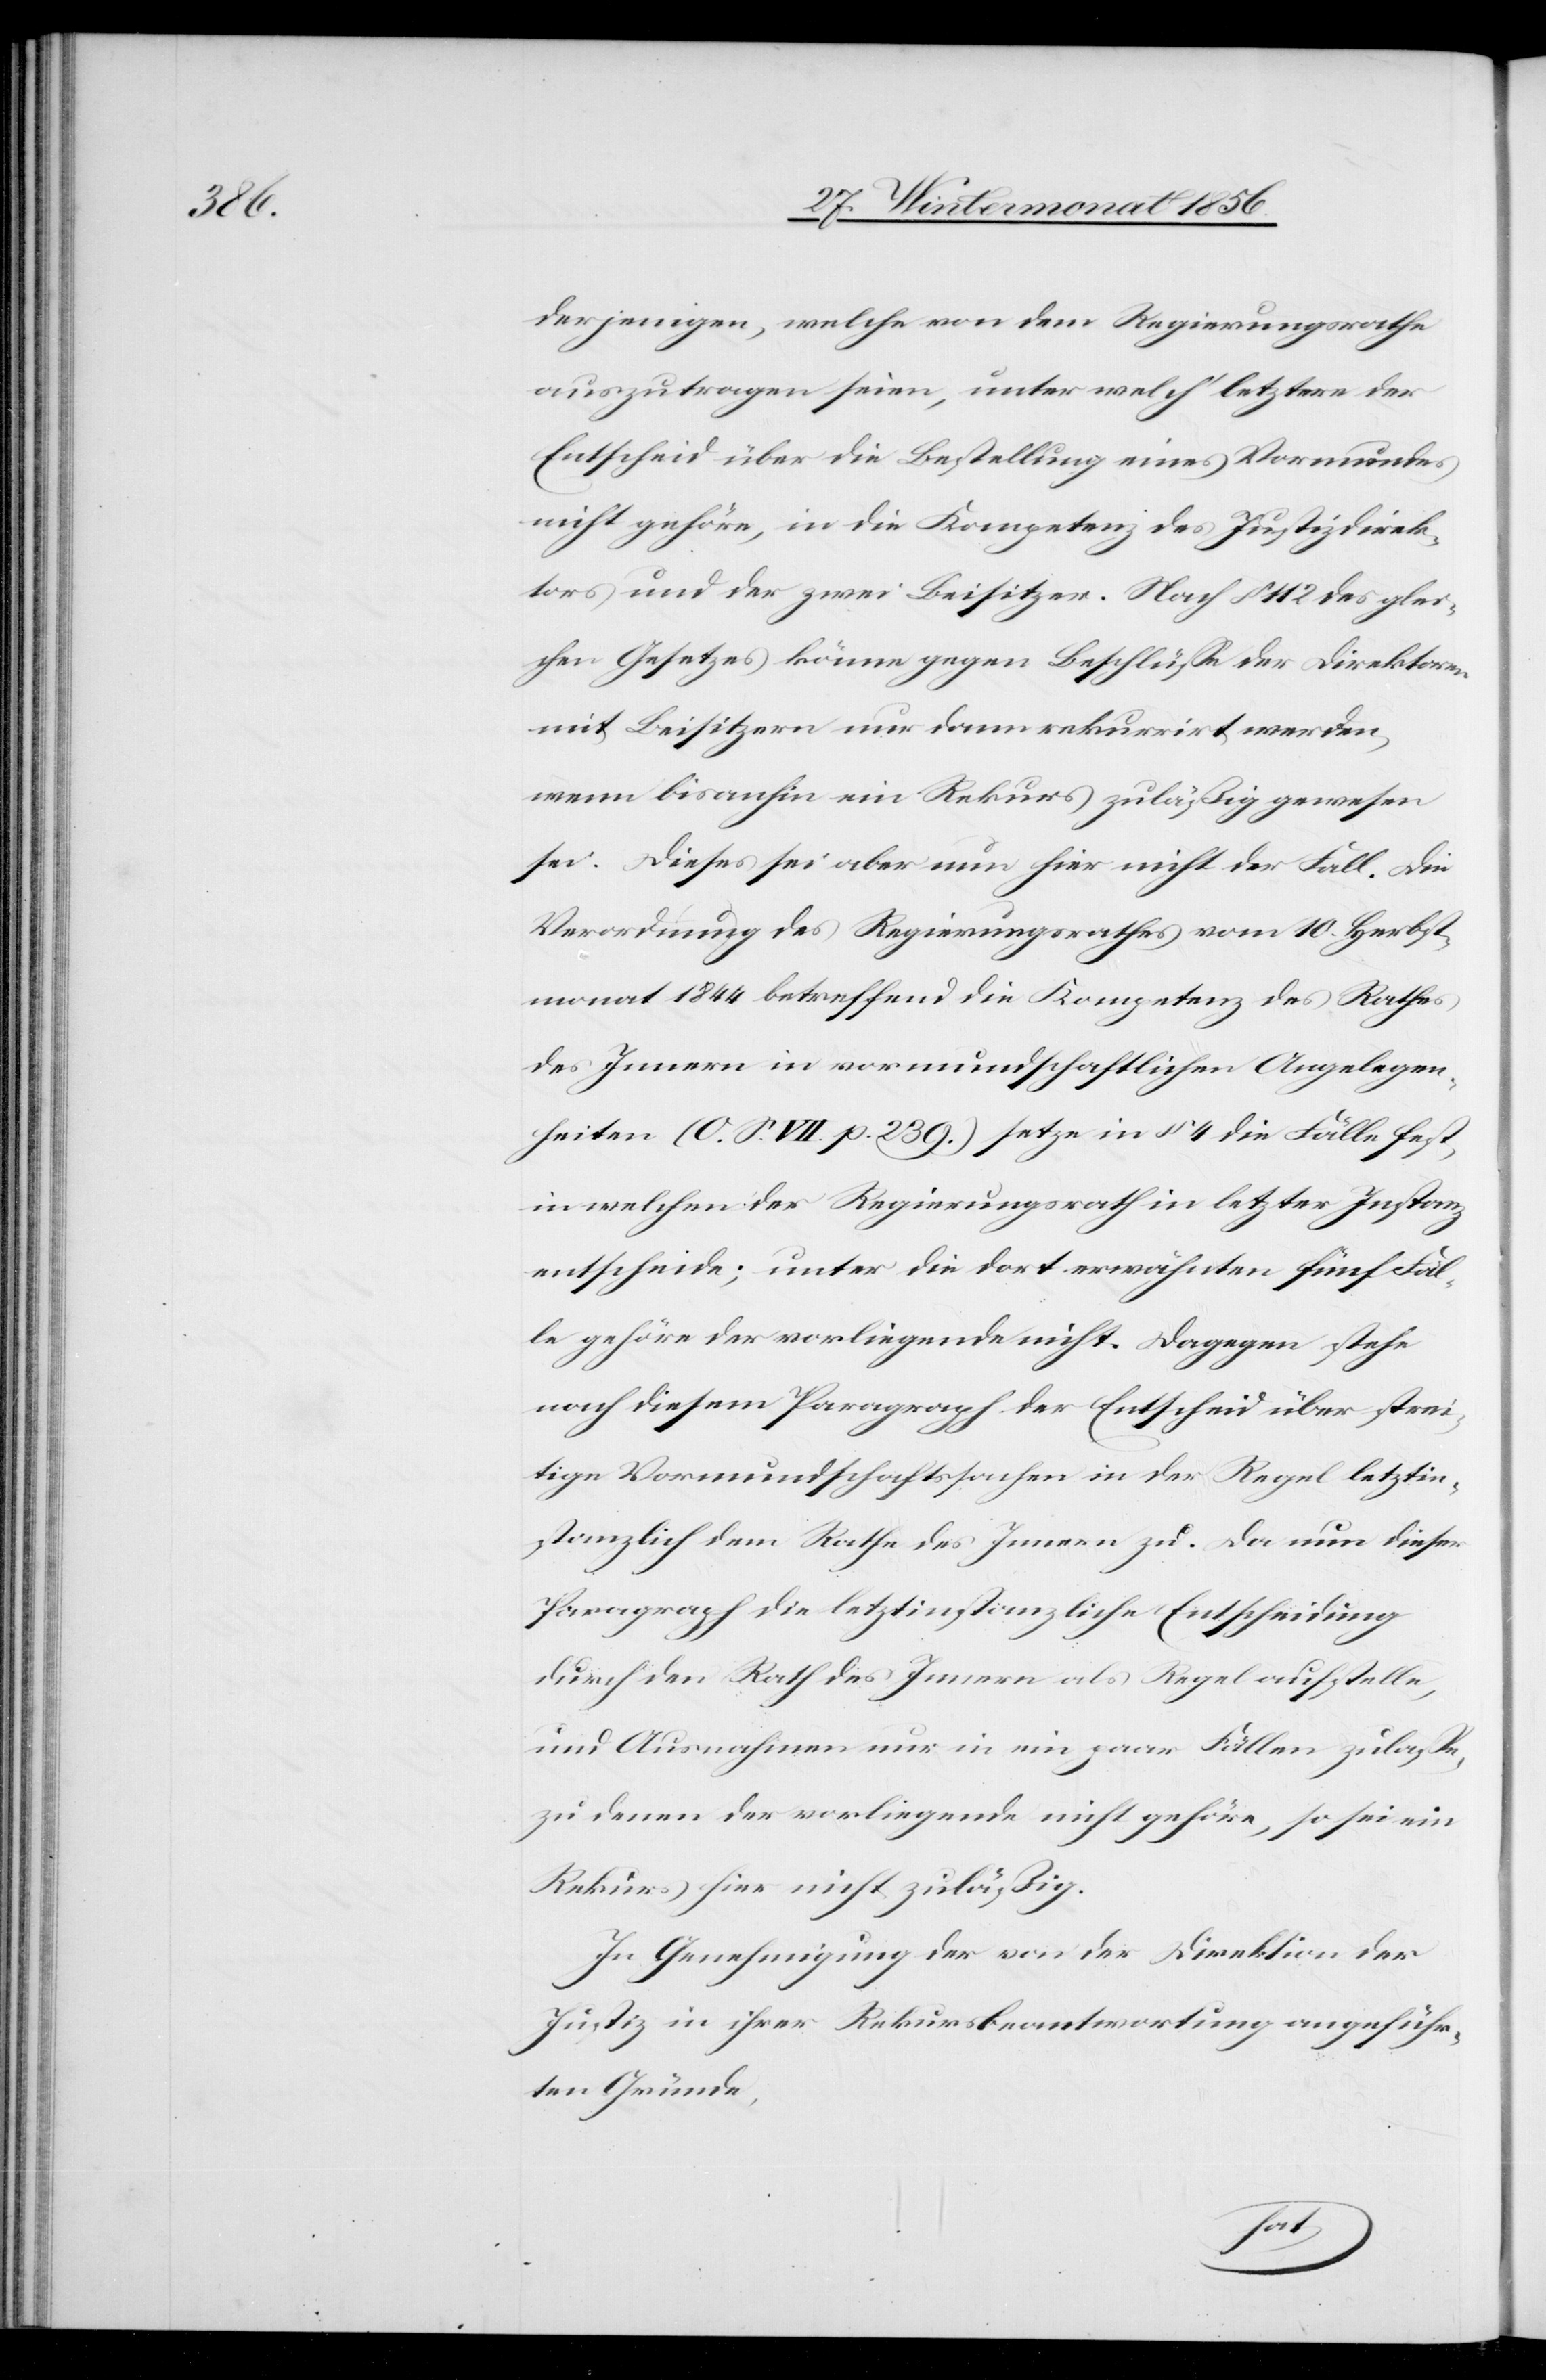
derjenigen, welche von dem Regierungsrathe
auszutragen seien, unter welch' letztere der
Entscheid über die Bestellung eines Vormundes
nicht gehöre, in die Kompetenz des Justizdirek¬
tors und der zwei Beisitzer. Nach § 112 des glei¬
chen Gesetzes könne gegen Beschlüsse der Direktoren
mit Beisitzern nur dann rekurrirt werden,
wenn bisanhin ein Rekurs zuläßig gewesen
sei. Dieses sei aber nun hier nicht der Fall. Die
Verordnung des Regierungsrathes vom 10. Herbst¬
monat 1844 betreffend die Kompetenz des Rathes
des Innern in vormundschaftlichen Angelegen¬
heiten (O. S. VII. p. 239.) setze in § 4 die Fälle fest,
in welchen der Regierungsrath in letzter Instanz
entscheide; unter die dort erwähnten fünf Fäl¬
le gehöre der vorliegende nicht. Dagegen stehe
nach diesem Paragraph der Entscheid über strei¬
tige Vormundschaftssachen in der Regel letztin¬
stanzlich dem Rathe des Innern zu. Da nun dieser
Paragraph die letztinstanzliche Entscheidung
durch den Rath des Innern als Regel aufstelle,
und Ausnahmen nur in ein paar Fällen zulasse,
zu denen der vorliegende nicht gehöre, so sei ein
Rekurs hier nicht zuläßig.
In Genehmigung der von der Direktion der
Justiz in ihrer Rekursbeantwortung angeführ¬
ten Gründe,